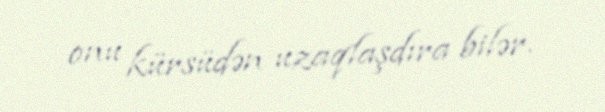
onu kürsüdən uzaqlaşdıra bilər.